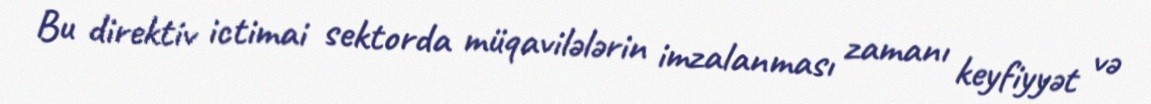
Bu direktiv ictimai sektorda müqavilələrin imzalanması zamanı keyfiyyət və